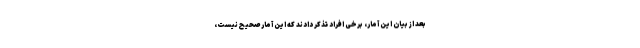
بعد از بیان این آمار، برخی افراد تذکر دادند که این آمار صحیح نیست،